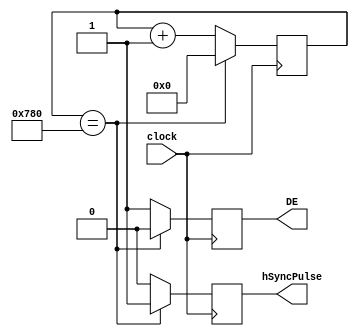
//Horizontal Sync Module

module hsync #( 
	parameter busWidth = 11,
	parameter [ ( busWidth - 1 ) : 0 ] resHorizontal = 1920
)
(
	//input [ (busWidth - 1) : 0] 	resHorizontal,		//Horizontal Resolution e.g. 1920, 11 bits = 2047 max
	//input [ (busWidth - 1) : 0] 	counterVal,			//Counter value to tell hsync when to pulse e.g. every 1920 pixels
	input							clock,
	output 							hSyncPulse,			//Output H Sync pulse
	output							DE					//Data enable
	//output 						hCountReset_n	//Send a signal to reset the hsync counter to 0
);

	//Define Registers
	reg pulseReg 							= 1'b0; //hSync pulse register
	reg [ ( busWidth - 1 ) : 0 ] hCounter 	= 1'b0;	//Counter used to store the current value of the horizontal pixel being drawn.
	reg de 									= 1'b0;
	//reg reset = 1'b1;								//Reset counter register (Active Low)
	
	//Define Assignments
	assign hSyncPulse = pulseReg;
	assign DE = de;
	//assign hCountReset_n = reset;
	
	always @( posedge(clock) )
	begin
		//If the end of the first line is reached, pulse the hsync
		if( hCounter == resHorizontal)
			begin
				//Pulse HSync
				pulseReg	= 1'b1;
				de			= 1'b0;
				//Reset the counter.
				hCounter 	= 0;
			end
		else
			begin
				//Keep HSync low
				pulseReg 	= 1'b0;
				de			= 1'b1;
				//Increment the counter.
				hCounter = hCounter + 1'b1;
				//reset = 1'b1;
			end
	end
	
endmodule